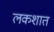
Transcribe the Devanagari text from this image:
लकशात